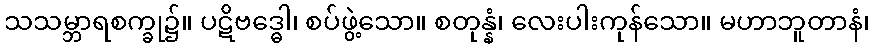
သသမ္ဘာရစက္ခု၌။ ပဋိဗဒ္ဓေါ၊ စပ်ဖွဲ့သော။ စတုန္နံ၊ လေးပါးကုန်သော။ မဟာဘူတာနံ၊